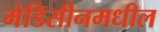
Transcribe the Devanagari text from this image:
मेडिसीनमधील